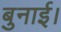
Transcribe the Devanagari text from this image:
बुनाई।